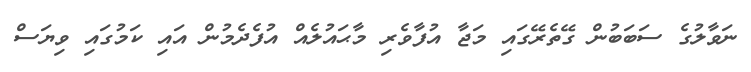
ނަވާލުގެ ސަބަބުން ގޭތެރޭގައި މަޖާ އުފާވެރި މާޙައުލެއް އުފެދެމުން އައި ކަމުގައި ވިޔަސް